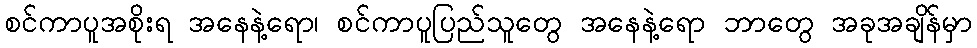
စင်ကာပူအစိုးရ အနေနဲ့ရော၊ စင်ကာပူပြည်သူတွေ အနေနဲ့ရော ဘာတွေ အခုအချိန်မှာ